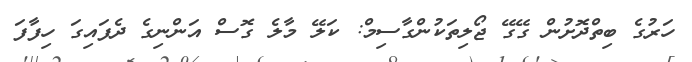
ހަރުގެ ބިތްދޮށުން ގޭގޭ ޖޯލިތަކުންގާސިމް: ކަލޭ މާލެ ގޮސް އަންނިގެ ދެފައިގަ ހިފާފަ